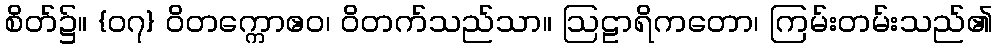
စိတ်၌။ {၀၇} ဝိတက္ကောဧဝ၊ ဝိတက်သည်သာ။ ဩဠာရိကတော၊ ကြမ်းတမ်းသည်၏